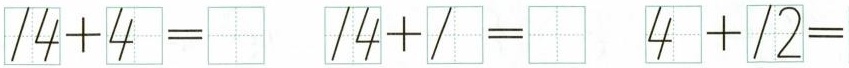
$$1 4 + 4 =$$ $$1 4 + 1 =$$ $$4 + 1 2 =$$